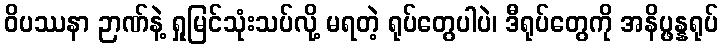
ဝိပဿနာ ဉာဏ်နဲ့ ရှုမြင်သုံးသပ်လို့ မရတဲ့ ရုပ်တွေပါပဲ၊ ဒီရုပ်တွေကို အနိပ္ဖန္နရုပ်